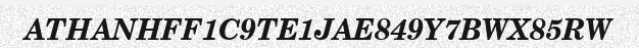
ATHANHFF1C9TE1JAE849Y7BWX85RW